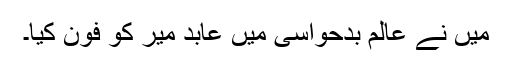
میں نے عالم بدحواسی میں عابد میر کو فون کیا۔